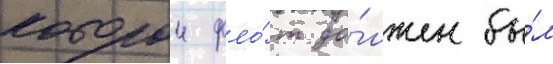
которои фло́т до́лжен бы́л